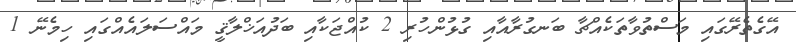
އޭގެތެރޭގައި މަސްތުވާތަކެއްޗާ ބަނގުރާއާއި ގުޅުންހުރި 2 ކުއްޖަކާއި ބަދުއަޚްލާޤީ މައްސަލައެއްގައި ހިމެނޭ 1